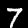
Digit: 7